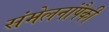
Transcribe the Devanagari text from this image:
संमेलनांपैकी